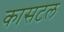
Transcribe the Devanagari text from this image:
कासटल